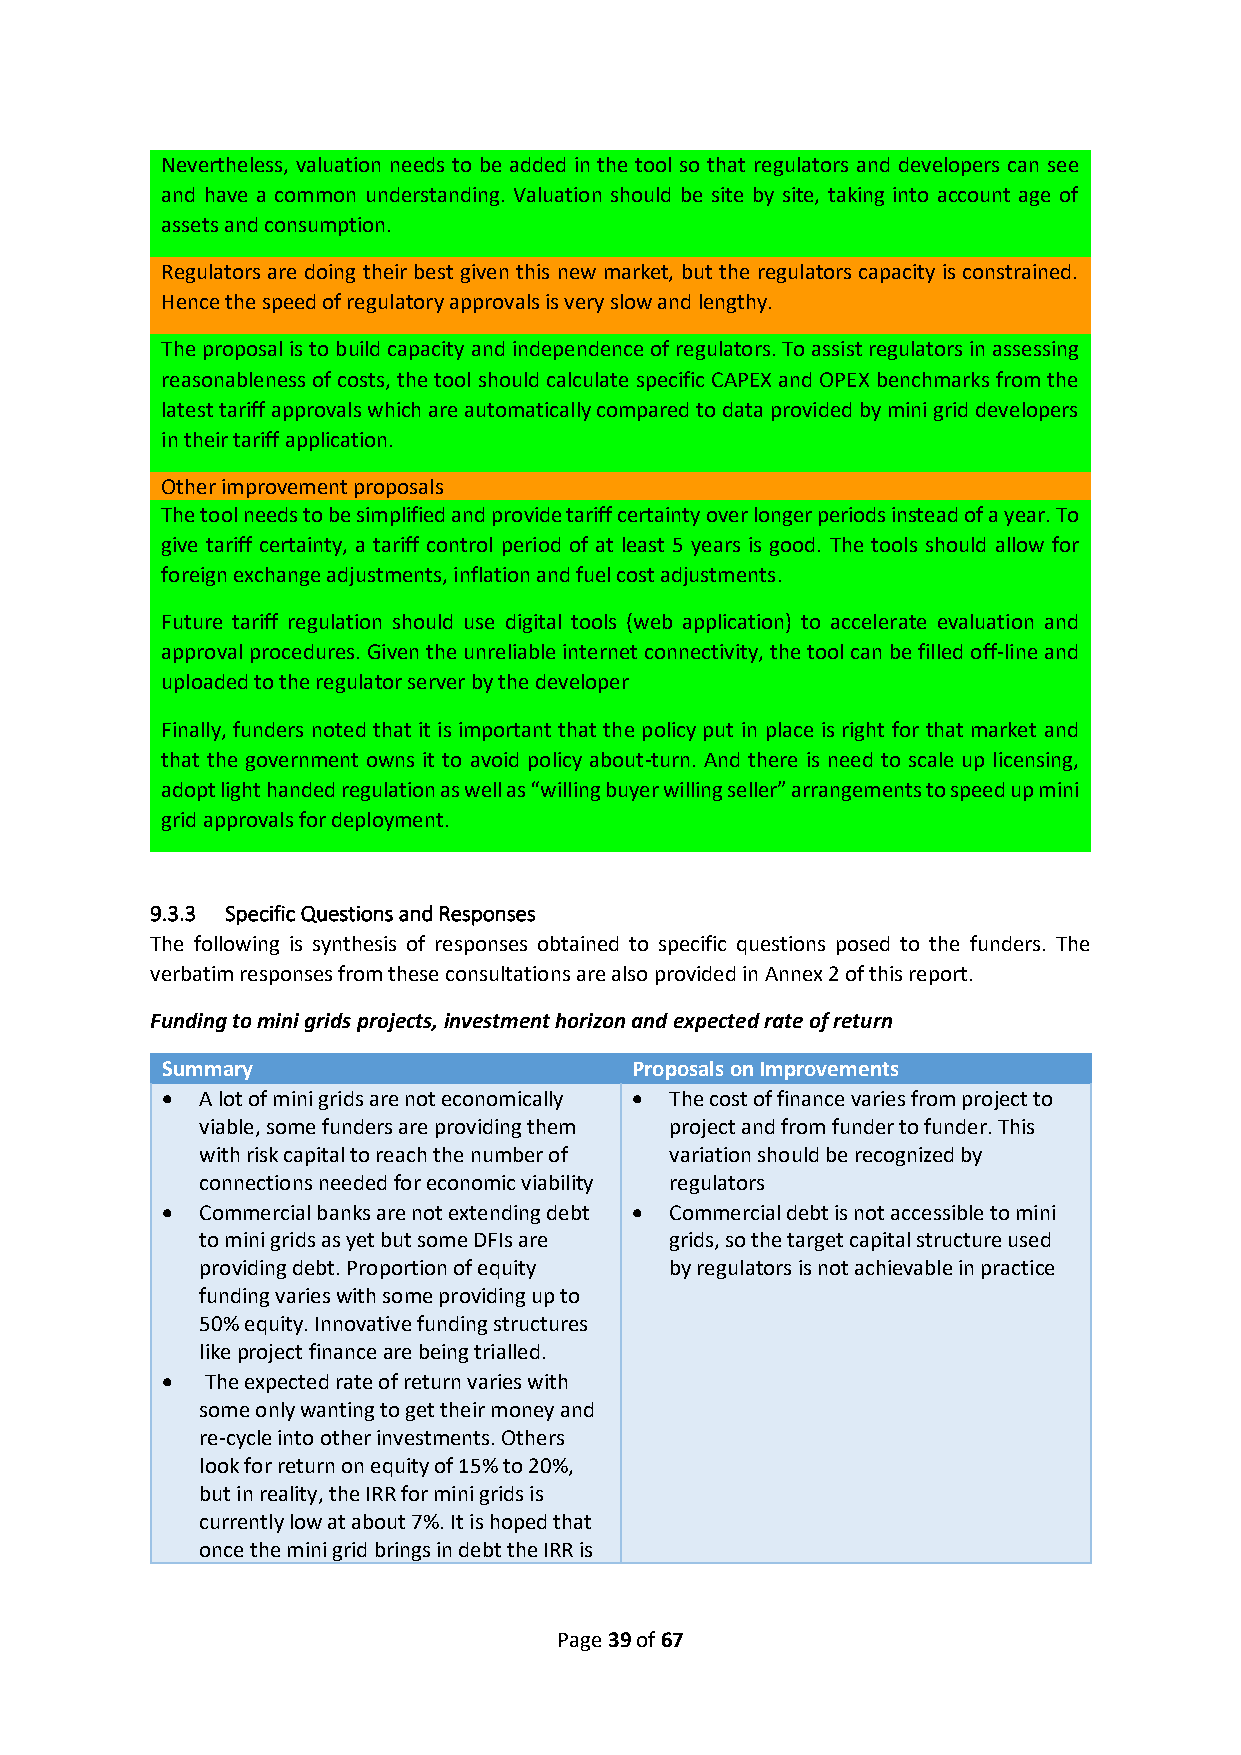
Nevertheless, valuation needs to be added in the tool so that regulators and developers can see
 and have a common understanding. Valuation should be site by site, taking into account age of
 assets and consumption.
 Regulators are doing their best given this new market, but the regulators capacity is constrained.
 Hence the speed of regulatory approvals is very slow and lengthy.
 The proposal is to build capacity and independence of regulators. To assist regulators in assessing
 reasonableness of costs, the tool should calculate specific CAPEX and OPEX benchmarks from the
 latest tariff approvals which are automatically compared to data provided by mini grid developers
 in their tariff application.
 Other improvement proposals
 The tool needs to be simplified and provide tariff certainty over longer periods instead of a year. To
 give tariff certainty, a tariff control period of at least 5 years is good. The tools should allow for
 foreign exchange adjustments, inflation and fuel cost adjustments.
 Future tariff regulation should use digital tools (web application) to accelerate evaluation and
 approval procedures. Given the unreliable internet connectivity, the tool can be filled off-line and
 uploaded to the regulator server by the developer
 Finally, funders noted that it is important that the policy put in place is right for that market and
 that the government owns it to avoid policy about-turn. And there is need to scale up licensing,
 adopt light handed regulation as well as “willing buyer willing seller” arrangements to speed up mini
 grid approvals for deployment.
 9.3.3 Specific Questions and Responses
 The following is synthesis of responses obtained to specific questions posed to the funders. The
 verbatim responses from these consultations are also provided in Annex 2 of this report.
 Funding to mini grids projects, investment horizon and expected rate of return
 Summary                        Proposals on Improvements
 • A lot of mini grids are not economically • The cost of finance varies from project to
 viable, some funders are providing them project and from funder to funder. This
 with risk capital to reach the number of variation should be recognized by
 connections needed for economic viability regulators
 • Commercial banks are not extending debt • Commercial debt is not accessible to mini
 to mini grids as yet but some DFIs are grids, so the target capital structure used
 providing debt. Proportion of equity by regulators is not achievable in practice
 funding varies with some providing up to
 50% equity. Innovative funding structures
 like project finance are being trialled.
 •  The expected rate of return varies with
 some only wanting to get their money and
 re-cycle into other investments. Others
 look for return on equity of 15% to 20%,
 but in reality, the IRR for mini grids is
 currently low at about 7%. It is hoped that
 once the mini grid brings in debt the IRR is
 Page 39 of 67